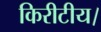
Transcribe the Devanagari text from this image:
किरीटीय।